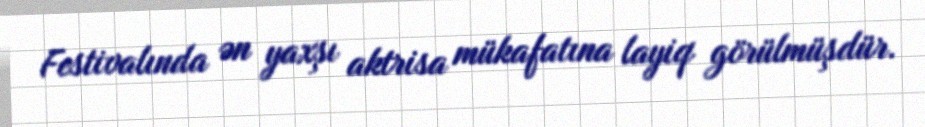
Festivalında ən yaxşı aktrisa mükafatına layiq görülmüşdür.